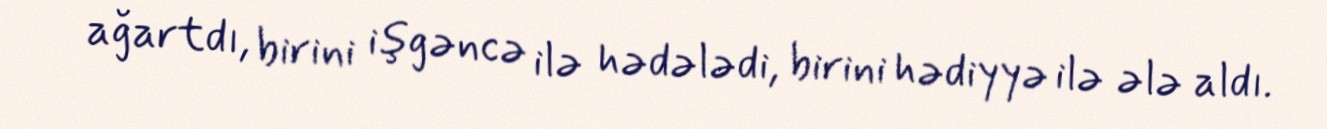
ağartdı, birini işgəncə ilə hədələdi, birini hədiyyə ilə ələ aldı.